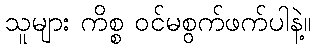
သူများ ကိစ္စ ဝင်မစွက်ဖက်ပါနဲ့။